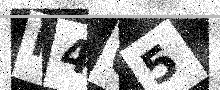
Text: P4O5